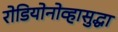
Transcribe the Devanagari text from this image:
रोडियोनोव्हासुद्धा